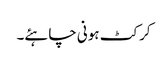
کرکٹ ہونی چاہئے۔